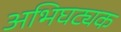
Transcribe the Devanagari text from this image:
अभिघट्यक